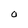
Character: O